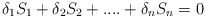
\begin{align*}\delta _{1}S_{1}+\delta _{2}S_{2}+....+\delta _{n}S_{n}=0\end{align*}